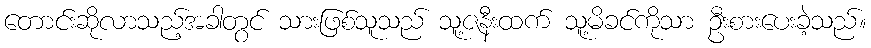
တောင်းဆိုလာသည့်အခါတွင် သားဖြစ်သူသည် သူ့ဇနီးထက် သူ့မိခင်ကိုသာ ဦးစားပေးခဲ့သည်။